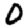
Digit: 0